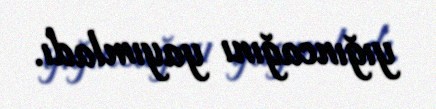
yığıncağını yayımladı.